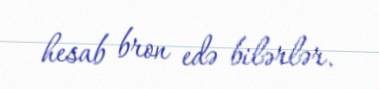
hesab bron edə bilərlər.